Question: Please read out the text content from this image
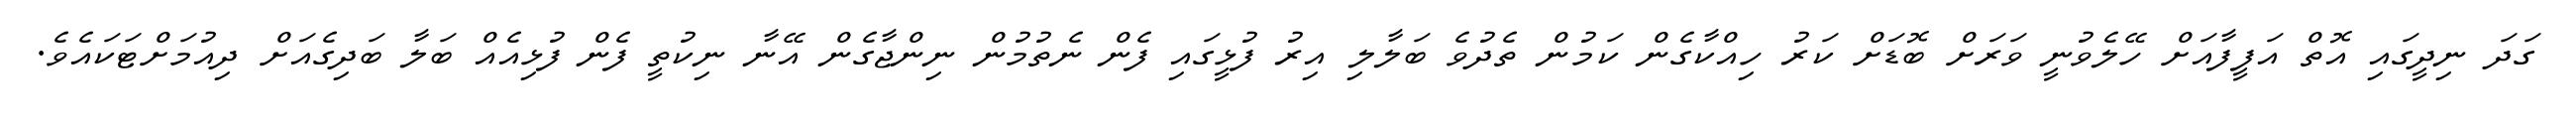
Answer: ގަދަ ނިދީގައި އޮތް އަފީފާއަށް ހޭލެވުނީ ވަރަށް ބޮޑަށް ކަރު ހިއްކާގެން ކަމުން ތެދުވެ ބަލާލި އިރު ފުޅީގައި ފެން ނެތުމުން ނިންޖާގެން އޭނާ ނިކުތީ ފެން ފުޅިއެއް ބަލާ ބަދިގެއަށް ދިއުމަށްޓަކައެވެ.